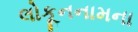
લોકૂનનામના